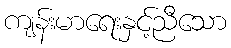
ကျန်းမာရေးနှင့်ညီသော